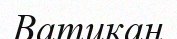
Ватикан